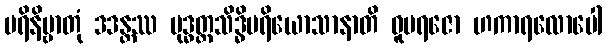
ပရိနိဗ္ဗာတုံ ဒဒန္တဿ ဗုဒ္ဓတ္တသိဒ္ဓိပရိယောသာနာတိ ဓူမရဇော ဟကာရလောပေါ